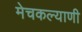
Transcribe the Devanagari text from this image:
मेचकल्याणी